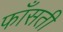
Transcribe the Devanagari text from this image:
फाँसती